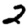
Digit: 2